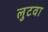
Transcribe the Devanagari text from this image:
लुटवा